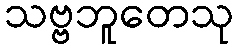
သဗ္ဗဘူတေသု